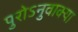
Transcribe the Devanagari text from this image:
पुरोऽनुवाक्या